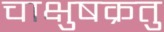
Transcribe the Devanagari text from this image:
चाक्षुषक्रतु